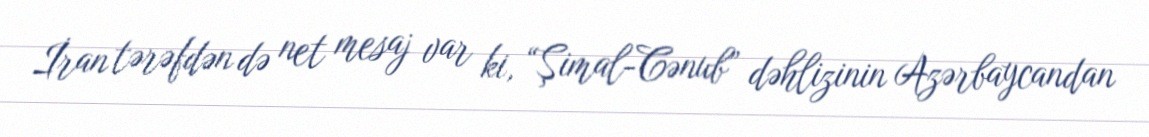
İran tərəfdən də net mesaj var ki, “Şimal-Cənub” dəhlizinin Azərbaycandan